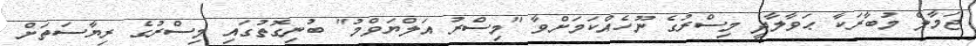
ޖަމާލް މުބާރަކާ ޙަވާލާދީ މިސްރުގެ ނޫހެއްކަމަށްވާ "މިސްރު އަލްޔަވްމު" ބުނިގޮތުގައި މިސްރުގެ ރިޔާސަތަށް